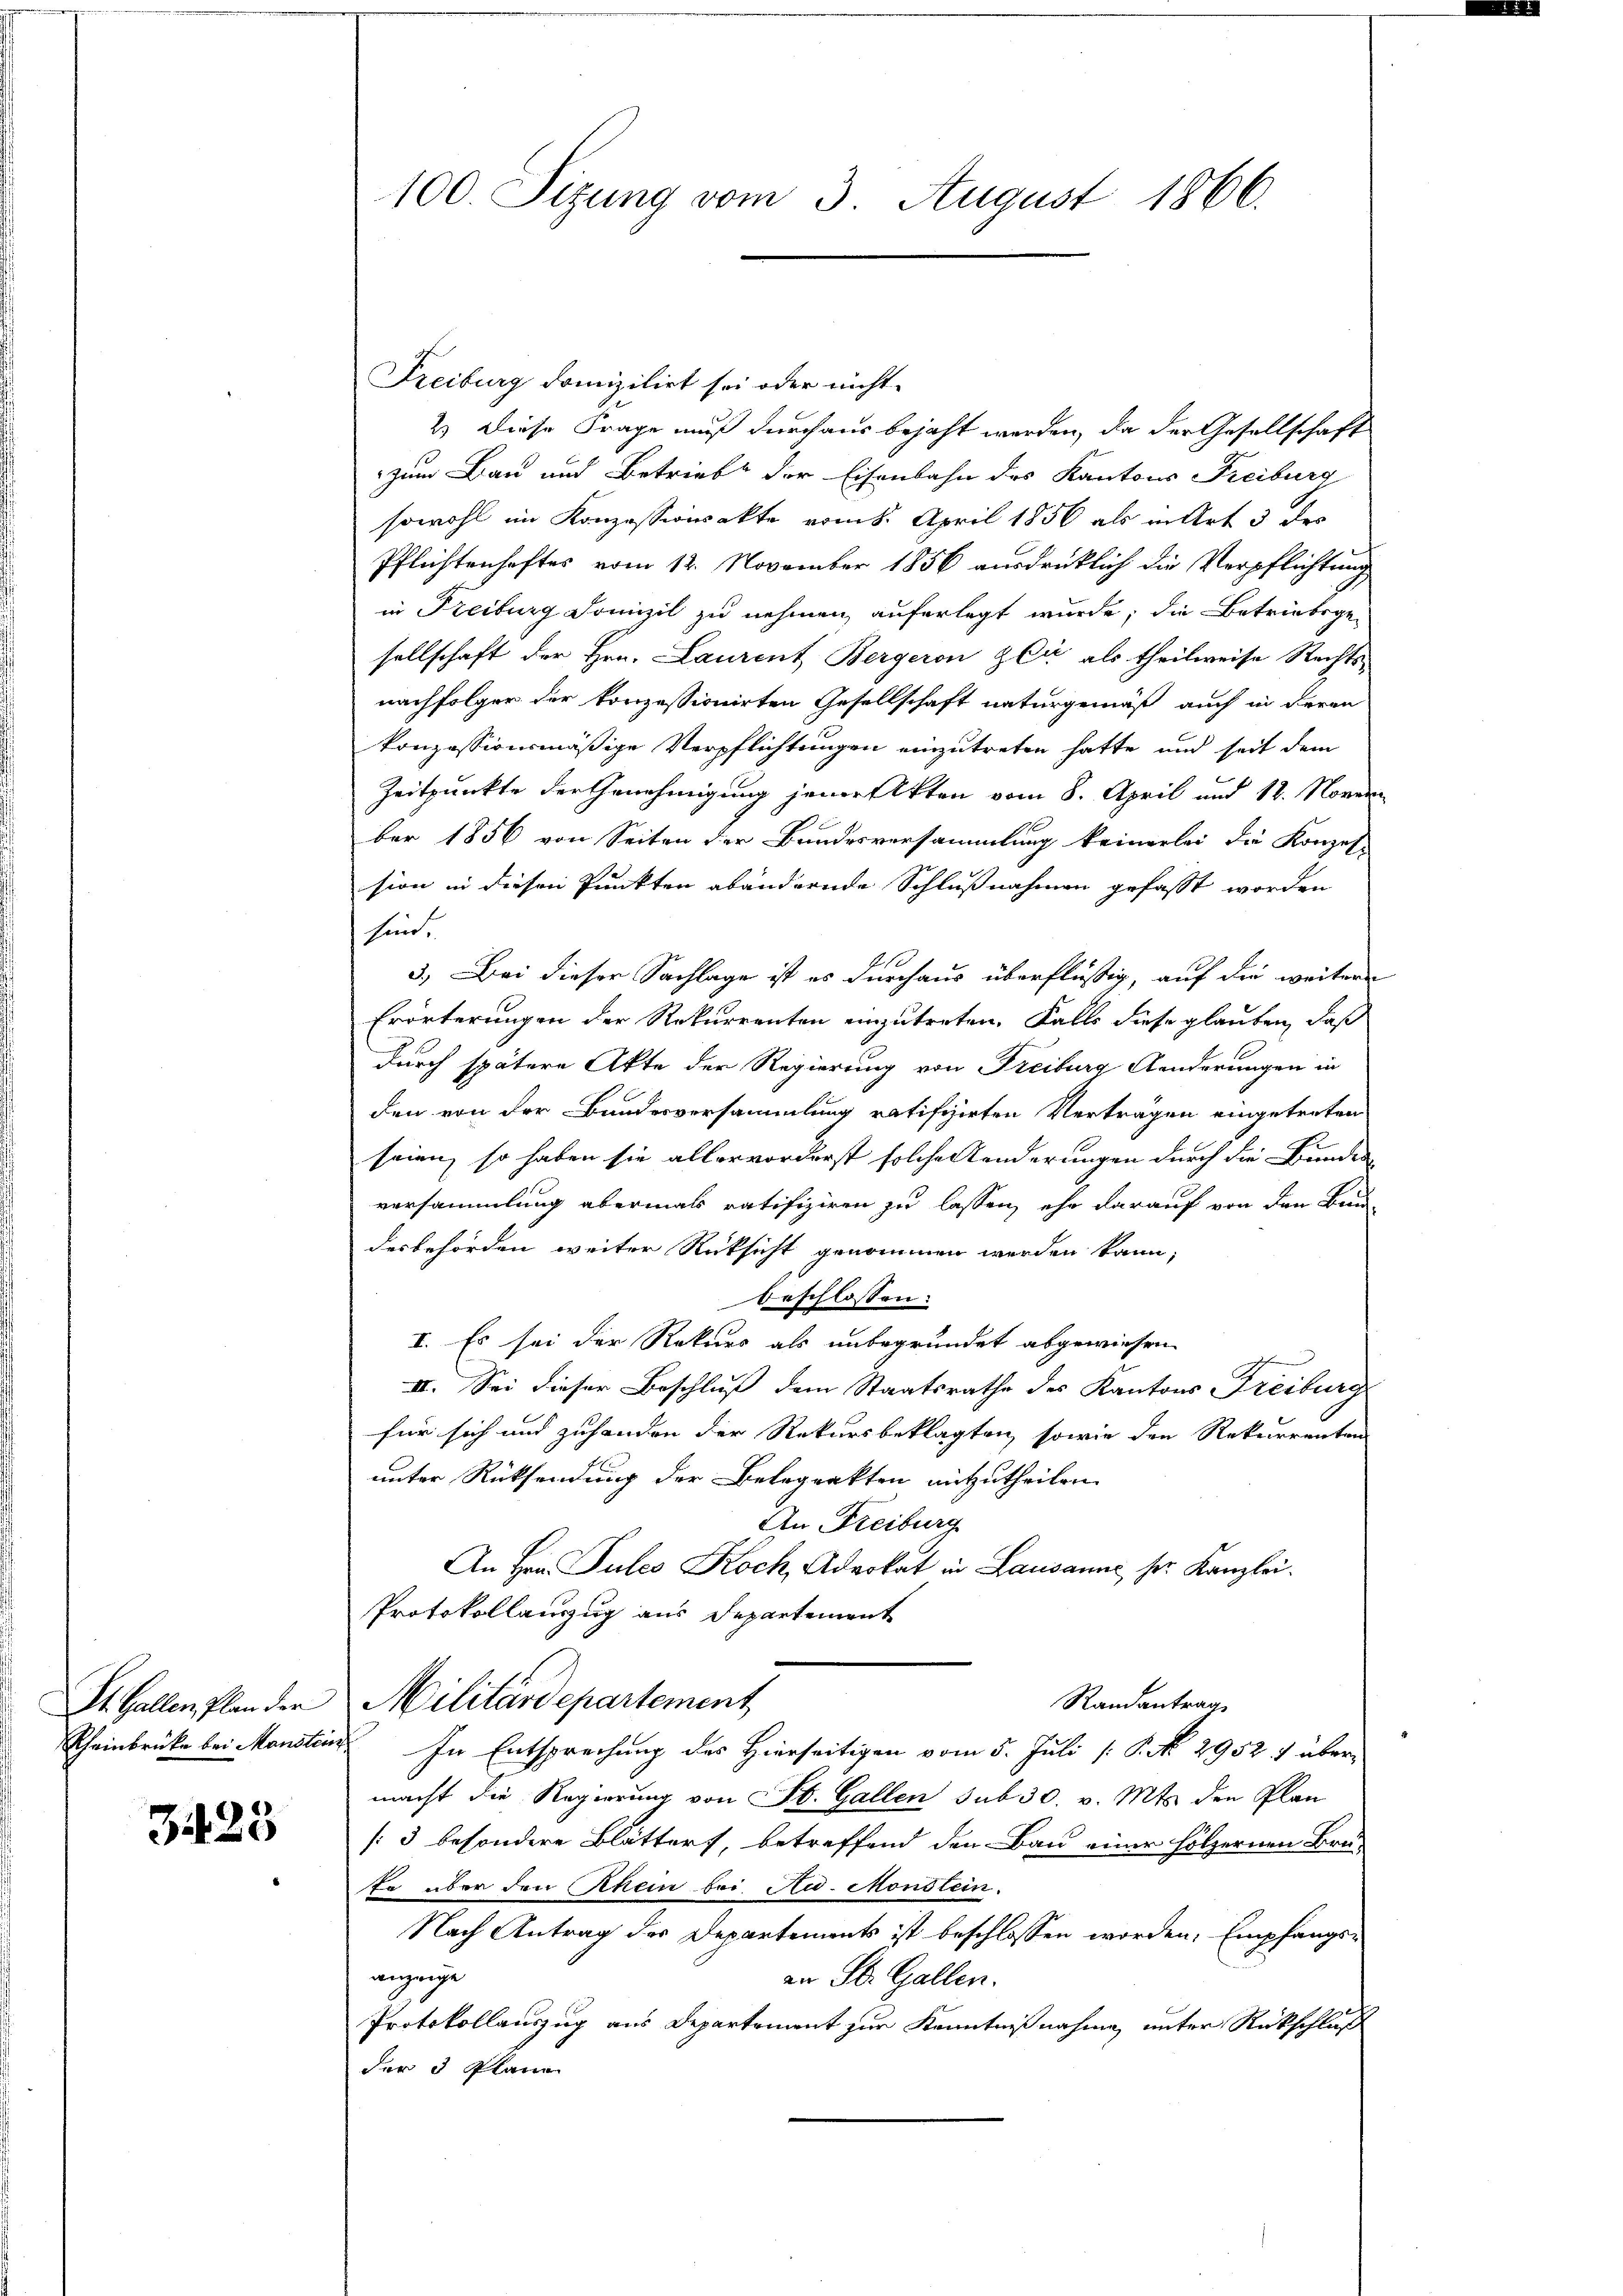
St. Gallen, Plan der
Rheinbrücke bei Mansten

3425

100. Sizung vom 3. August 1866.

Freiburg domizilirt sei oder nicht
2.) Diese Frage muß durchaus bejaht werden, da der Gesellschaft
zum Bau und Betrieb der Eisenbahn des Kantons Freiburg
sowohl im Konzessionsakte vom 8. April 1856 als in Art 3 des
Pflichtenhaftes vom 12. November 1856 ausdrüklich die Verpflichtung
in Freiburg Domizil zu nehmen, auferlegt wurde; die Betriebsge-
sellschaft der Hrn. Laurent Bergeron zeit als theilweise Rechts-
nachfolger der konzessionirten Gesellschaft naturgemäß auch in deren
konzessionsmäßige Verpflichtungen einzutreten hatte und seit dem
Zeitpunkte der Genehmigung jener Akten vom 8. April und 18. Novem
ber 1856 von Seiten der Bundesversammlung keinerlei die Konzes
sion in diesen Punkten abändernde Schlußnahmen gefasst worden
hin.
3. Bei dieser Sachlage ist es durchaus überflüssig, auf die weitere
Erörterungen der Rekurrenten einzutreten. Falls diese glauben, daß
durch spätere Akte der Regierung von Freiburg Aenderungen in
den von der Bundesversammlung ratifizirten Vertragen eingetreten
seien, so haben sie allervorderst solche Aenderungen durch die Bunden
versammlung abermals ratifiziren zu lassen, ehr darauf von den Bundesbehörden weiter Rücksicht genommen werden kann,
beschlossen:
I. Es sei der Rekurs als unbegründet abgewiesen.
II. Sei dieser Beschluß dem Staatsrathe des Kantons Freiburg
für sich und zufanden der Rekursbeklagten, sowie den Rekurrenten
unter Rücksendung der Belegrakten mitzutheilen.
An Freiburg
An Hrn. Pules Koch, Advokat in Lausanne her Kanzlei
Protokollanzug aus Departement
Militärdepartement
Randantrag
 In Entsprechung des Hierseitigen vom 5. Juli [ P. No. 2952. 7 über-
macht die Regierung von St. Gallen sub 30. v. Mts. den Plan
[3 besondere Blättert, betreffend den Bau einer hölzernen Bru-
te über den Rhein bei Au- Mondlein.
Nach Antrag der Departements ist beschlossen worden, Empfangsanzeige
an St. Gallen.
Protokollauszug aus Departement zur Kenntnißnahme, unter Rückschluß
der 3 Plane